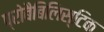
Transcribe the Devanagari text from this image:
प्रोबैबिलिस्टिक